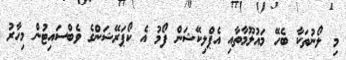
މި ލޯނުތަކާ ބެހޭ މައުލޫމާތާއި އެޕްލިކޭޝަން ފޯމު އެ ކޯޕަރޭޝަންގެ ވެބްސައިޓުން މިހާރު